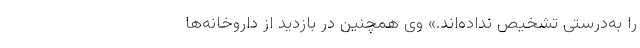
را به‌درستی تشخیص نداده‌اند.» وی همچنین در بازدید از داروخانه‌ها